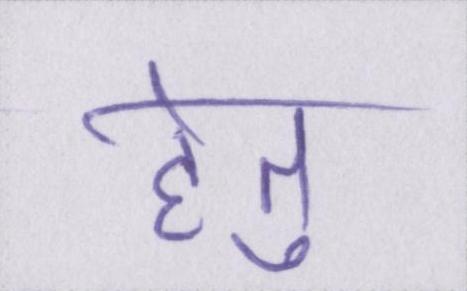
हेतु